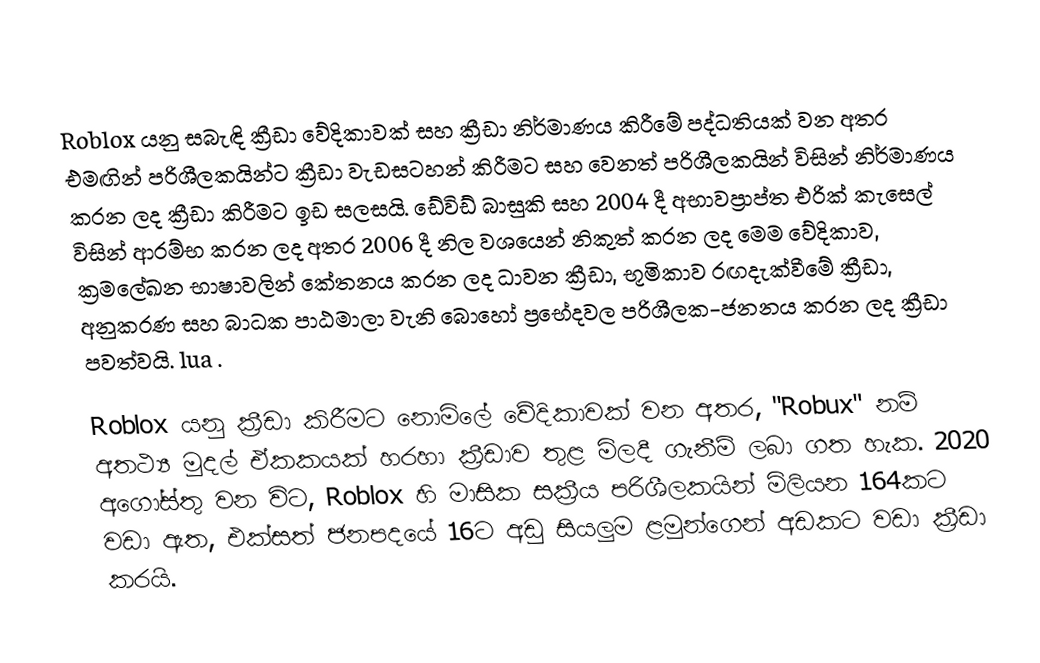
Roblox යනු සබැඳි ක්‍රීඩා වේදිකාවක් සහ ක්‍රීඩා නිර්මාණය කිරීමේ පද්ධතියක් වන අතර එමඟින් පරිශීලකයින්ට ක්‍රීඩා වැඩසටහන් කිරීමට සහ වෙනත් පරිශීලකයින් විසින් නිර්මාණය කරන ලද ක්‍රීඩා කිරීමට ඉඩ සලසයි.  ඩේවිඩ් බාසුකි සහ 2004 දී අභාවප්‍රාප්ත එරික් කැසෙල් විසින් ආරම්භ කරන ලද අතර 2006 දී නිල වශයෙන් නිකුත් කරන ලද මෙම වේදිකාව, ක්‍රමලේඛන භාෂාවලින් කේතනය කරන ලද ධාවන ක්‍රීඩා, භූමිකාව රඟදැක්වීමේ ක්‍රීඩා, අනුකරණ සහ බාධක පාඨමාලා වැනි බොහෝ ප්‍රභේදවල පරිශීලක-ජනනය කරන ලද ක්‍රීඩා පවත්වයි. lua .

Roblox යනු ක්‍රීඩා කිරීමට නොමිලේ වේදිකාවක් වන අතර, "Robux" නම් අතථ්‍ය මුදල් ඒකකයක් හරහා ක්‍රීඩාව තුළ මිලදී ගැනීම් ලබා ගත හැක. 2020 අගෝස්තු වන විට, Roblox හි මාසික සක්‍රීය පරිශීලකයින් මිලියන 164කට වඩා ඇත, එක්සත් ජනපදයේ 16ට අඩු සියලුම ළමුන්ගෙන් අඩකට වඩා ක්‍රීඩා කරයි.